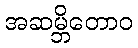
အဆမ္ဘိတောဝ